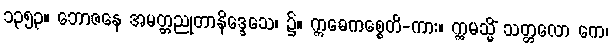
၁၃၅၃။ ဘောဇနေ အမတ္တညုတာနိဒ္ဒေသေ၊ ၌။ ဣဓေကစ္စေတိ-ကား။ ဣမသ္မိံ သတ္တလော ကေ၊